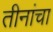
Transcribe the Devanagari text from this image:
तीनांचा